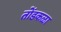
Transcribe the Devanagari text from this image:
तोंडकळा